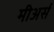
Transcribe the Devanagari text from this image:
मीअर्स